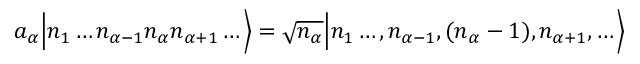
a _ { \alpha } { \Big | } n _ { 1 } \ldots n _ { \alpha - 1 } n _ { \alpha } n _ { \alpha + 1 } \ldots { \Big \rangle } = { \sqrt { n _ { \alpha } } } { \Big | } n _ { 1 } \ldots , n _ { \alpha - 1 } , ( n _ { \alpha } - 1 ) , n _ { \alpha + 1 } , \ldots { \Big \rangle }